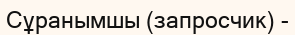
Сұранымшы (запросчик) -